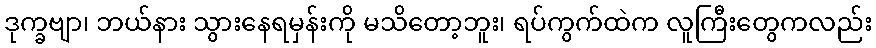
ဒုက္ခဗျာ၊ ဘယ်နား သွားနေရမှန်းကို မသိတော့ဘူး၊ ရပ်ကွက်ထဲက လူကြီးတွေကလည်း